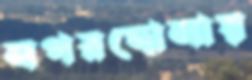
নগরদোলায়